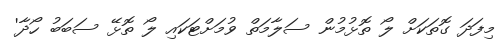
މިފަދަ ގޮތަކަށް ލޯ ތޮޅުމުން ސަލާމަތް ވުމަށްޓަކައި ލޯ ތޮޅޭ ސަބަބު ހޯދާ'